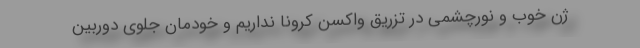
ژن خوب و نورچشمی در تزریق واکسن کرونا نداریم و خودمان جلوی دوربین